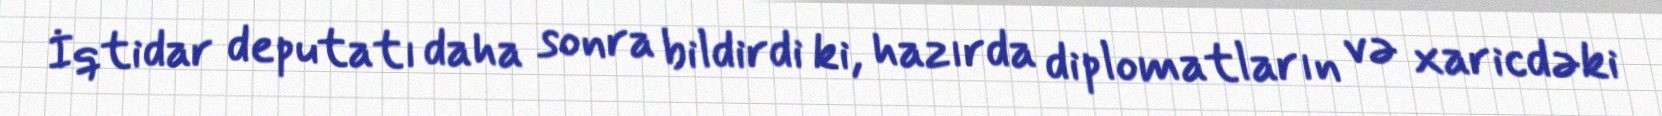
İqtidar deputatı daha sonra bildirdi ki, hazırda diplomatların və xaricdəki